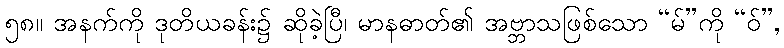
၅၈။ အနက်ကို ဒုတိယခန်း၌ ဆိုခဲ့ပြီ၊ မာနဓာတ်၏ အဗ္ဘာသဖြစ်သော “မ်”ကို “ဝ်”,